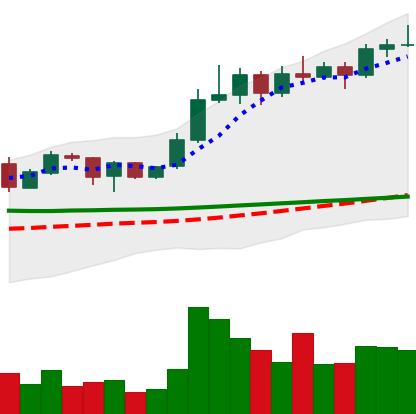
Ticker: ADA-USD
Chart end date: 2020-02-07
Forward return: 14.355%
Label: up_7plus